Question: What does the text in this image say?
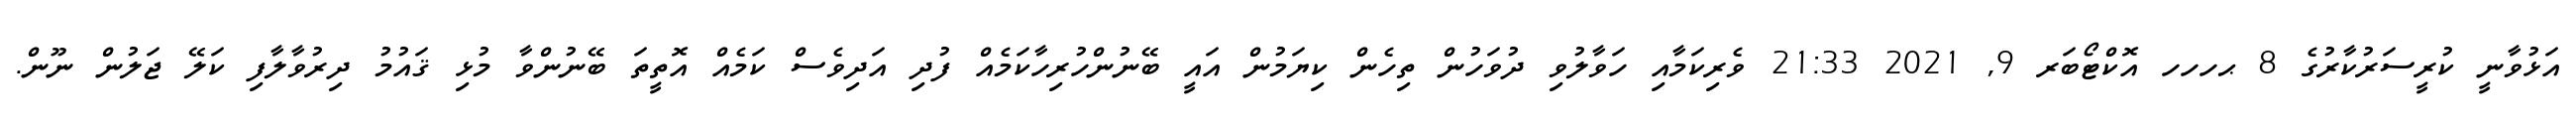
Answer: އަޅުވާނީ ކުރީސަރުކާރުގެ 8 ޙހހހ އޮކްޓޯބަރ 9, 2021 21:33 ވެރިކަމާއި ހަވާލުވި ދުވަހުން ތިހެން ކިޔަމުން އައީ ބޭނުންހުރިހާކަމެއް ފުދި އަދިވެސް ކަމެއް އޮތީތަ ބޭނުންވާ މުޅި ޤައުމު ދިރުވާލާފި ކަލޭ ޖަލުން ނޫން.